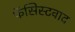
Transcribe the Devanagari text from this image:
फॅसिस्टवाद